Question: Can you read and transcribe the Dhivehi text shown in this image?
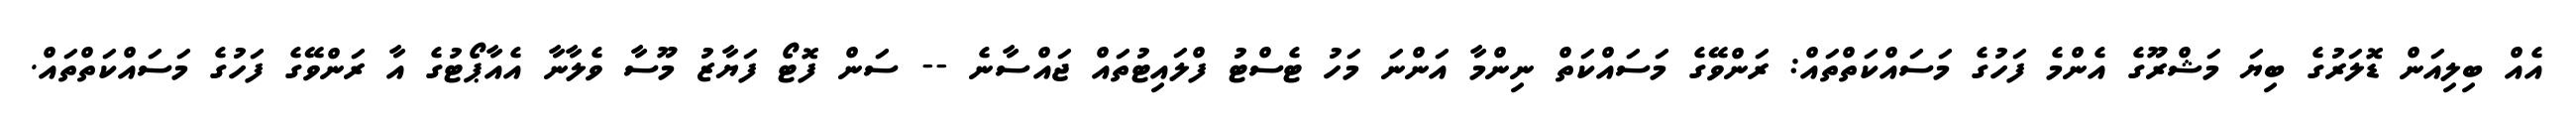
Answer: އެއް ބިލިއަން ޑޮލަރުގެ ބިޔަ މަޝްރޫގެ އެންމެ ފަހުގެ މަސައްކަތްތައް: ރަންވޭގެ މަސައްކަތް ނިންމާ އަންނަ މަހު ޓެސްޓު ފްލައިޓުތައް ޖައްސާނެ -- ސަން ފޮޓޯ ފަޔާޒު މޫސާ ވެލާނާ އެއާޕޯޓުގެ އާ ރަންވޭގެ ފަހުގެ މަސައްކަތްތައް.